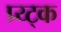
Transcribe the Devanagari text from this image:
प्र्य्ट्क